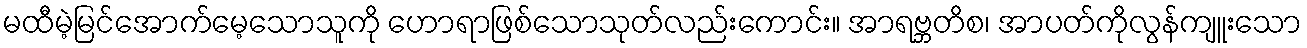
မထီမဲ့မြင်အောက်မေ့သောသူကို ဟောရာဖြစ်သောသုတ်လည်းကောင်း။ အာရဗ္ဘတိစ၊ အာပတ်ကိုလွန်ကျူးသော